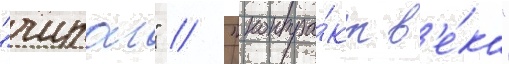
"чираг" // "контра́кт в'е́ка"